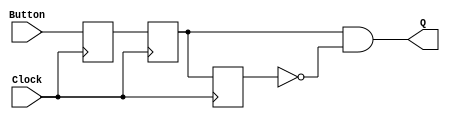
/* Code for a Moore FSM that recognizes the sequence ABBAC through
 * button presses on a DE0
*/

/* Module that creates the button pulses */
module flipflop(Button, Clock, Q);
input Button;
input Clock;
reg Q1, Q2, Q3;
output Q;

always@(posedge Clock)
begin
Q1 <= Button;
Q2 <= Q1;
Q3 <= Q2;
end

assign Q = Q2&~Q3;
endmodule

module moore(Clock, Resetn, Button, z, z1, z2, z3, z4, z5);
input Clock, Resetn;
input [2:0] Button;
output z, z1, z2, z3, z4, z5;
wire A, B, C;
reg [2:0] y;
reg [2:0] r;
parameter [2:0] S0 = 3'b000, S1 = 3'b001, S2 = 3'b010, S3 = 3'b011, S4 = 3'b100, S5 = 3'b101;

initial begin
y <= S0;
end

always@(posedge Clock)
begin
	case(Button)
		3'b011: r = 3'b011;
		3'b101: r = 3'b101;
		3'b110: r = 3'b110;
		default: r = 3'b111;
	endcase
end

/* Button pulses */
flipflop one(r[2], Clock, A);
flipflop two(r[1], Clock, B);
flipflop three(r[0], Clock, C);

/* State transition logic */
always@(posedge Clock or negedge Resetn)
begin
	if(Resetn == 0)
		y <= S0;
	else
		case(y)
			S0:
				if(A)
					y <= S1;
				else if(A||B)
					y <= S0;
			S1:
				if(B)
					y <= S2;
				else if(A)
					y <= S1;
				else if(C)
					y <= S0;
			S2:
				if(B)
					y <= S3;
				else if(A)
					y <= S1;
				else if(C)
					y <= S0;
			S3:
				if(A)
					y <= S4;
				else if(B||C)
					y <= S0;
			S4:
				if(C)
					y <= S5;
				else if(B)
					y <= S2;
				else if(A)
					y <= S1;
			S5:
				if(A)
					y <= S1;
				else if(B||C)
					y <= S0;
		endcase
end

/* Led outputs for the different states */
assign z = (y == S5);
assign z1 = (y == S4);
assign z2 = (y == S3);
assign z3 = (y == S2);
assign z4 = (y == S1);
assign z5 = (y == S0);

endmodule